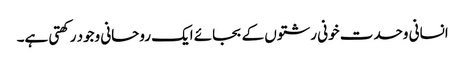
انسانی وحدت خونی رشتوں کے بجائے ایک روحانی وجود رکھتی ہے۔